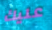
عليك